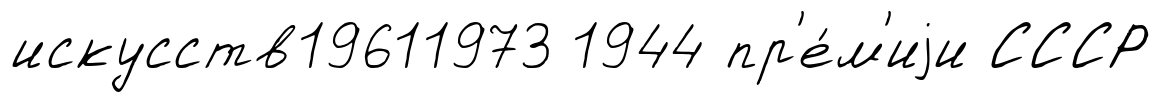
искусств19611973 1944 пр'е́м'иjи СССР